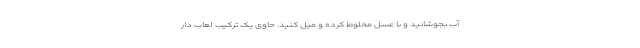
آب بجوشانید و با عسل مخلوط کرده و میل کنید. حاوی یک ترکیب لعاب دار